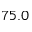
7 5 . 0